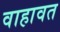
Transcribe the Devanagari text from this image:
वाहावत